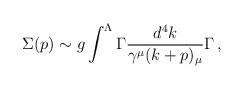
LaTeX: \begin{align*}\Sigma(p)\sim g\int^{\Lambda }\Gamma\frac{d^{4}k}{ \gamma^\mu (k+p)_\mu}\Gamma \, ,\end{align*}